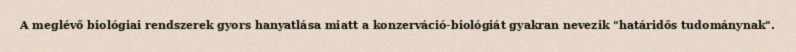
A meglévő biológiai rendszerek gyors hanyatlása miatt a konzerváció-biológiát gyakran nevezik "határidős tudománynak".